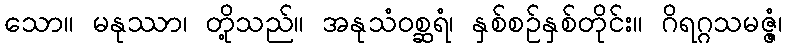
သော။ မနုဿာ၊ တို့သည်။ အနုသံဝစ္ဆရံ၊ နှစ်စဉ်နှစ်တိုင်း။ ဂိရဂ္ဂသမဇ္ဇံ၊